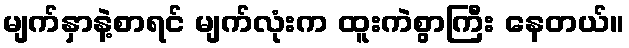
မျက်နှာနဲ့စာရင် မျက်လုံးက ထူးကဲစွာကြီး နေတယ်။